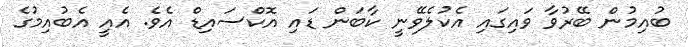
ބުއިމުން ބޭރުވާ ވައިގައި އެކުލެވޭނީ ކާބަން ޑައި އޮކްސައިޑް އެވެ. އެއީ އެބުއިމުގެ